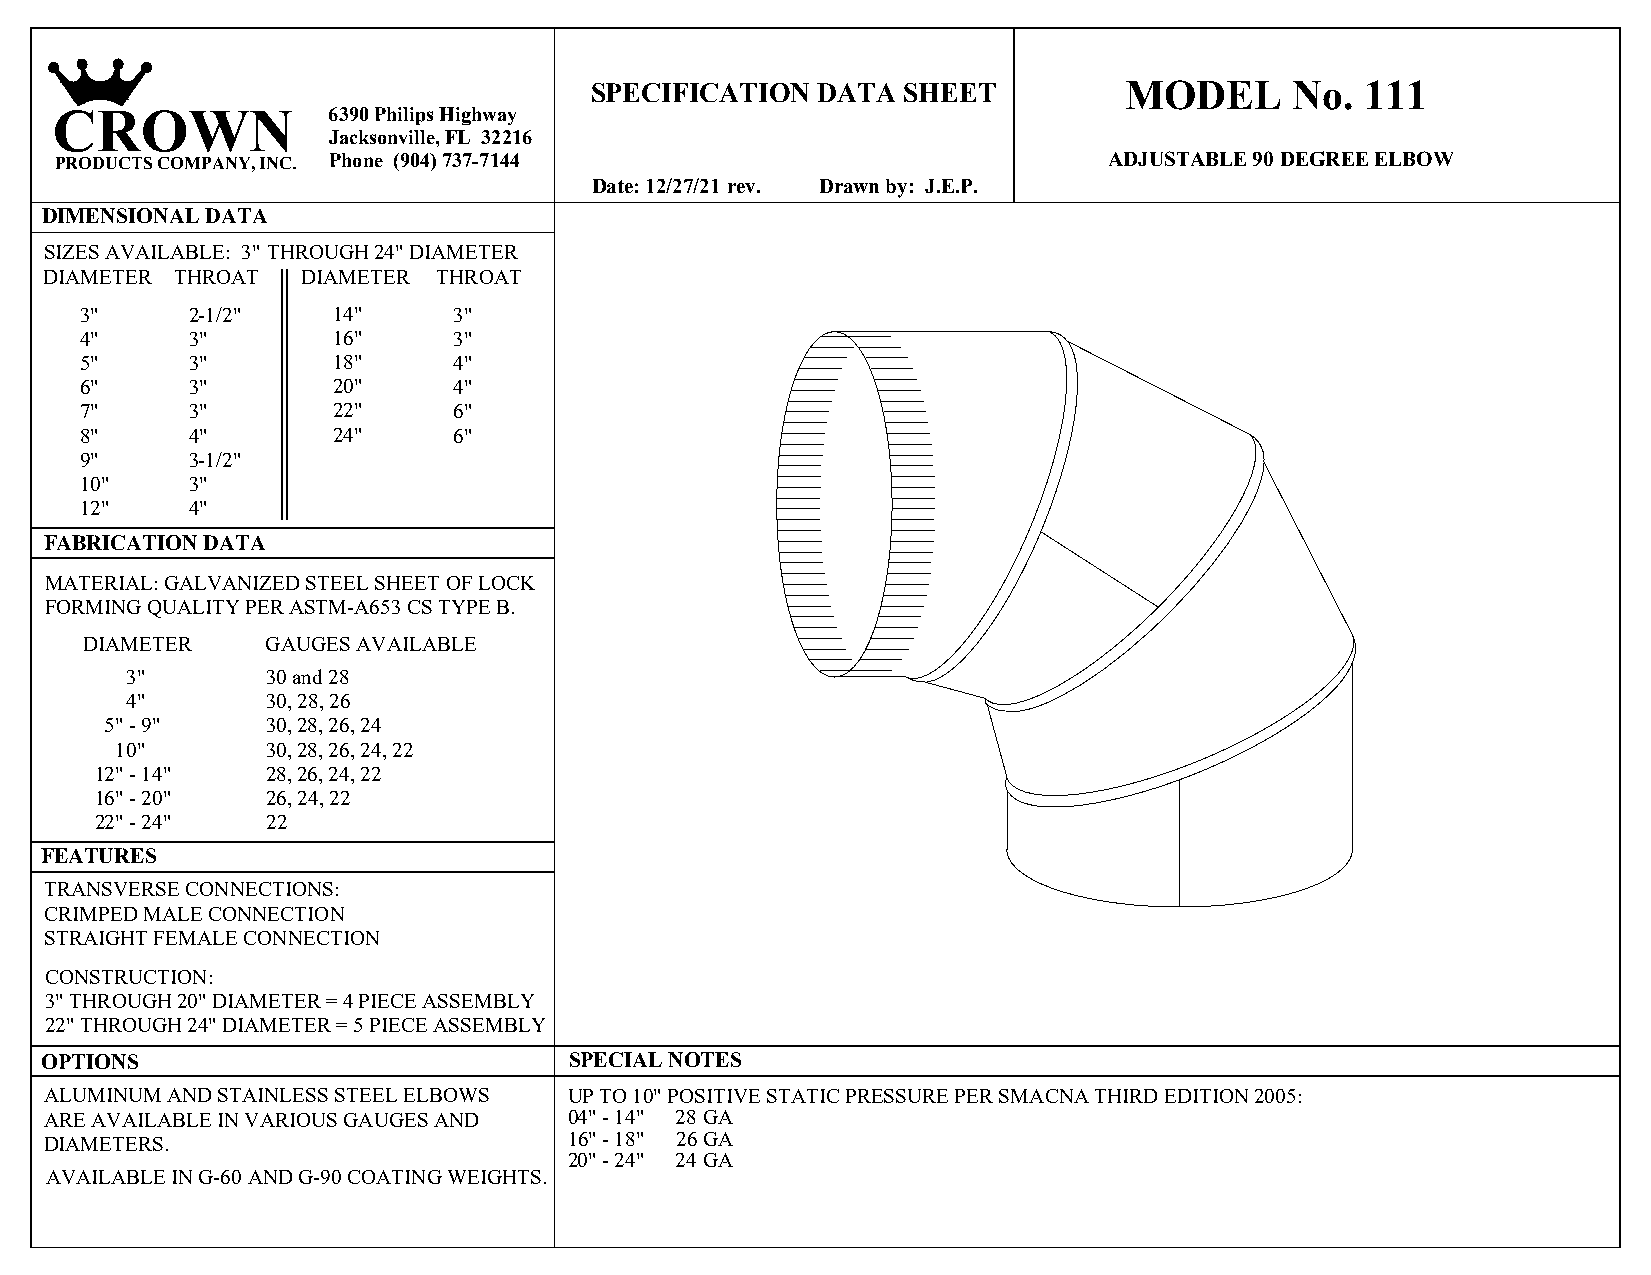
SPECIFICATION  DATA  SHEET         MODEL       No. 111
 CROWN              6390 Philips Highway
 Jacksonville, FL 32216
 PRODUCTS COMPANY, INC. Phone (904) 737-7144                          ADJUSTABLE 90 DEGREE ELBOW
 Date: 12/27/21 rev. Drawn by: J.E.P.
 DIMENSIONAL DATA
 SIZES AVAILABLE: 3" THROUGH 24" DIAMETER
 DIAMETER THROAT  DIAMETER THROAT
 3"     2-1/2"    14"     3"
 4"     3"        16"     3"
 5"     3"        18"     4"
 6"     3"        20"     4"
 7"     3"        22"     6"
 8"     4"        24"     6"
 9"     3-1/2"
 10"    3"
 12"    4"
 FABRICATION DATA
 MATERIAL: GALVANIZED STEEL SHEET OF LOCK
 FORMING QUALITY PER ASTM-A653 CS TYPE B.
 DIAMETER     GAUGES AVAILABLE
 3"        30 and 28
 4"        30, 28, 26
 5" - 9"    30, 28, 26, 24
 10"       30, 28, 26, 24, 22
 12" - 14"   28, 26, 24, 22
 16" - 20"   26, 24, 22
 22" - 24"   22
 FEATURES
 TRANSVERSE CONNECTIONS:
 CRIMPED MALE CONNECTION
 STRAIGHT FEMALE CONNECTION
 CONSTRUCTION:
 3" THROUGH 20" DIAMETER = 4 PIECE ASSEMBLY
 22" THROUGH 24" DIAMETER = 5 PIECE ASSEMBLY
 OPTIONS                            SPECIAL NOTES
 ALUMINUM AND STAINLESS STEEL ELBOWS UP TO 10" POSITIVE STATIC PRESSURE PER SMACNA THIRD EDITION 2005:
 ARE AVAILABLE IN VARIOUS GAUGES AND 04" - 14" 28 GA
 DIAMETERS.                         16" - 18" 26 GA
 20" - 24" 24 GA
 AVAILABLE IN G-60 AND G-90 COATING WEIGHTS.